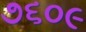
૭૬૦૯